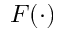
F ( \cdot )